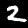
Digit: 2